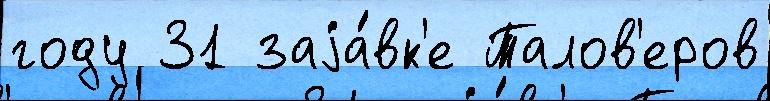
году 31 заjа́вк'е Талов'еров